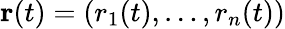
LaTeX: \mathbf{r}(t)=(r_{1}(t),\ldots,r_{n}(t))